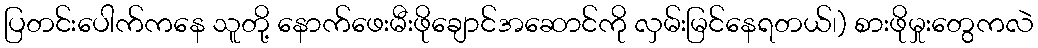
ပြတင်းပေါက်ကနေ သူတို့ နောက်ဖေးမီးဖိုချောင်အဆောင်ကို လှမ်းမြင်နေရတယ်၊) စားဖိုမှုးတွေကလဲ